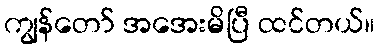
ကျွန်တော် အအေးမိပြီ ထင်တယ်။